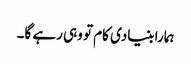
ہمارا بنیادی کام تو وہی رہے گا۔